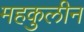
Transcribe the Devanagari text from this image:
महकुलीन